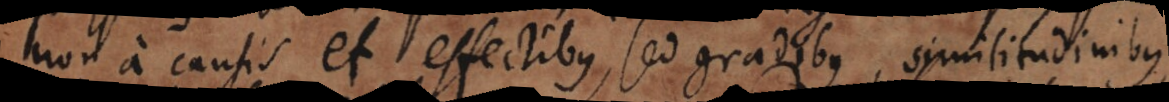
non a causis et effectibus, sed gradibus, similitudinibus,